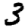
Digit: 3